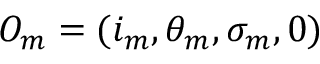
O _ { m } = ( i _ { m } , \theta _ { m } , \sigma _ { m } , 0 )